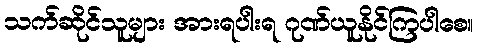
သက်ဆိုင်သူများ အားရပါးရ ဂုဏ်ယူနိုင်ကြပါစေ။